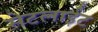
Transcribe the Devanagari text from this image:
सेटलाईट